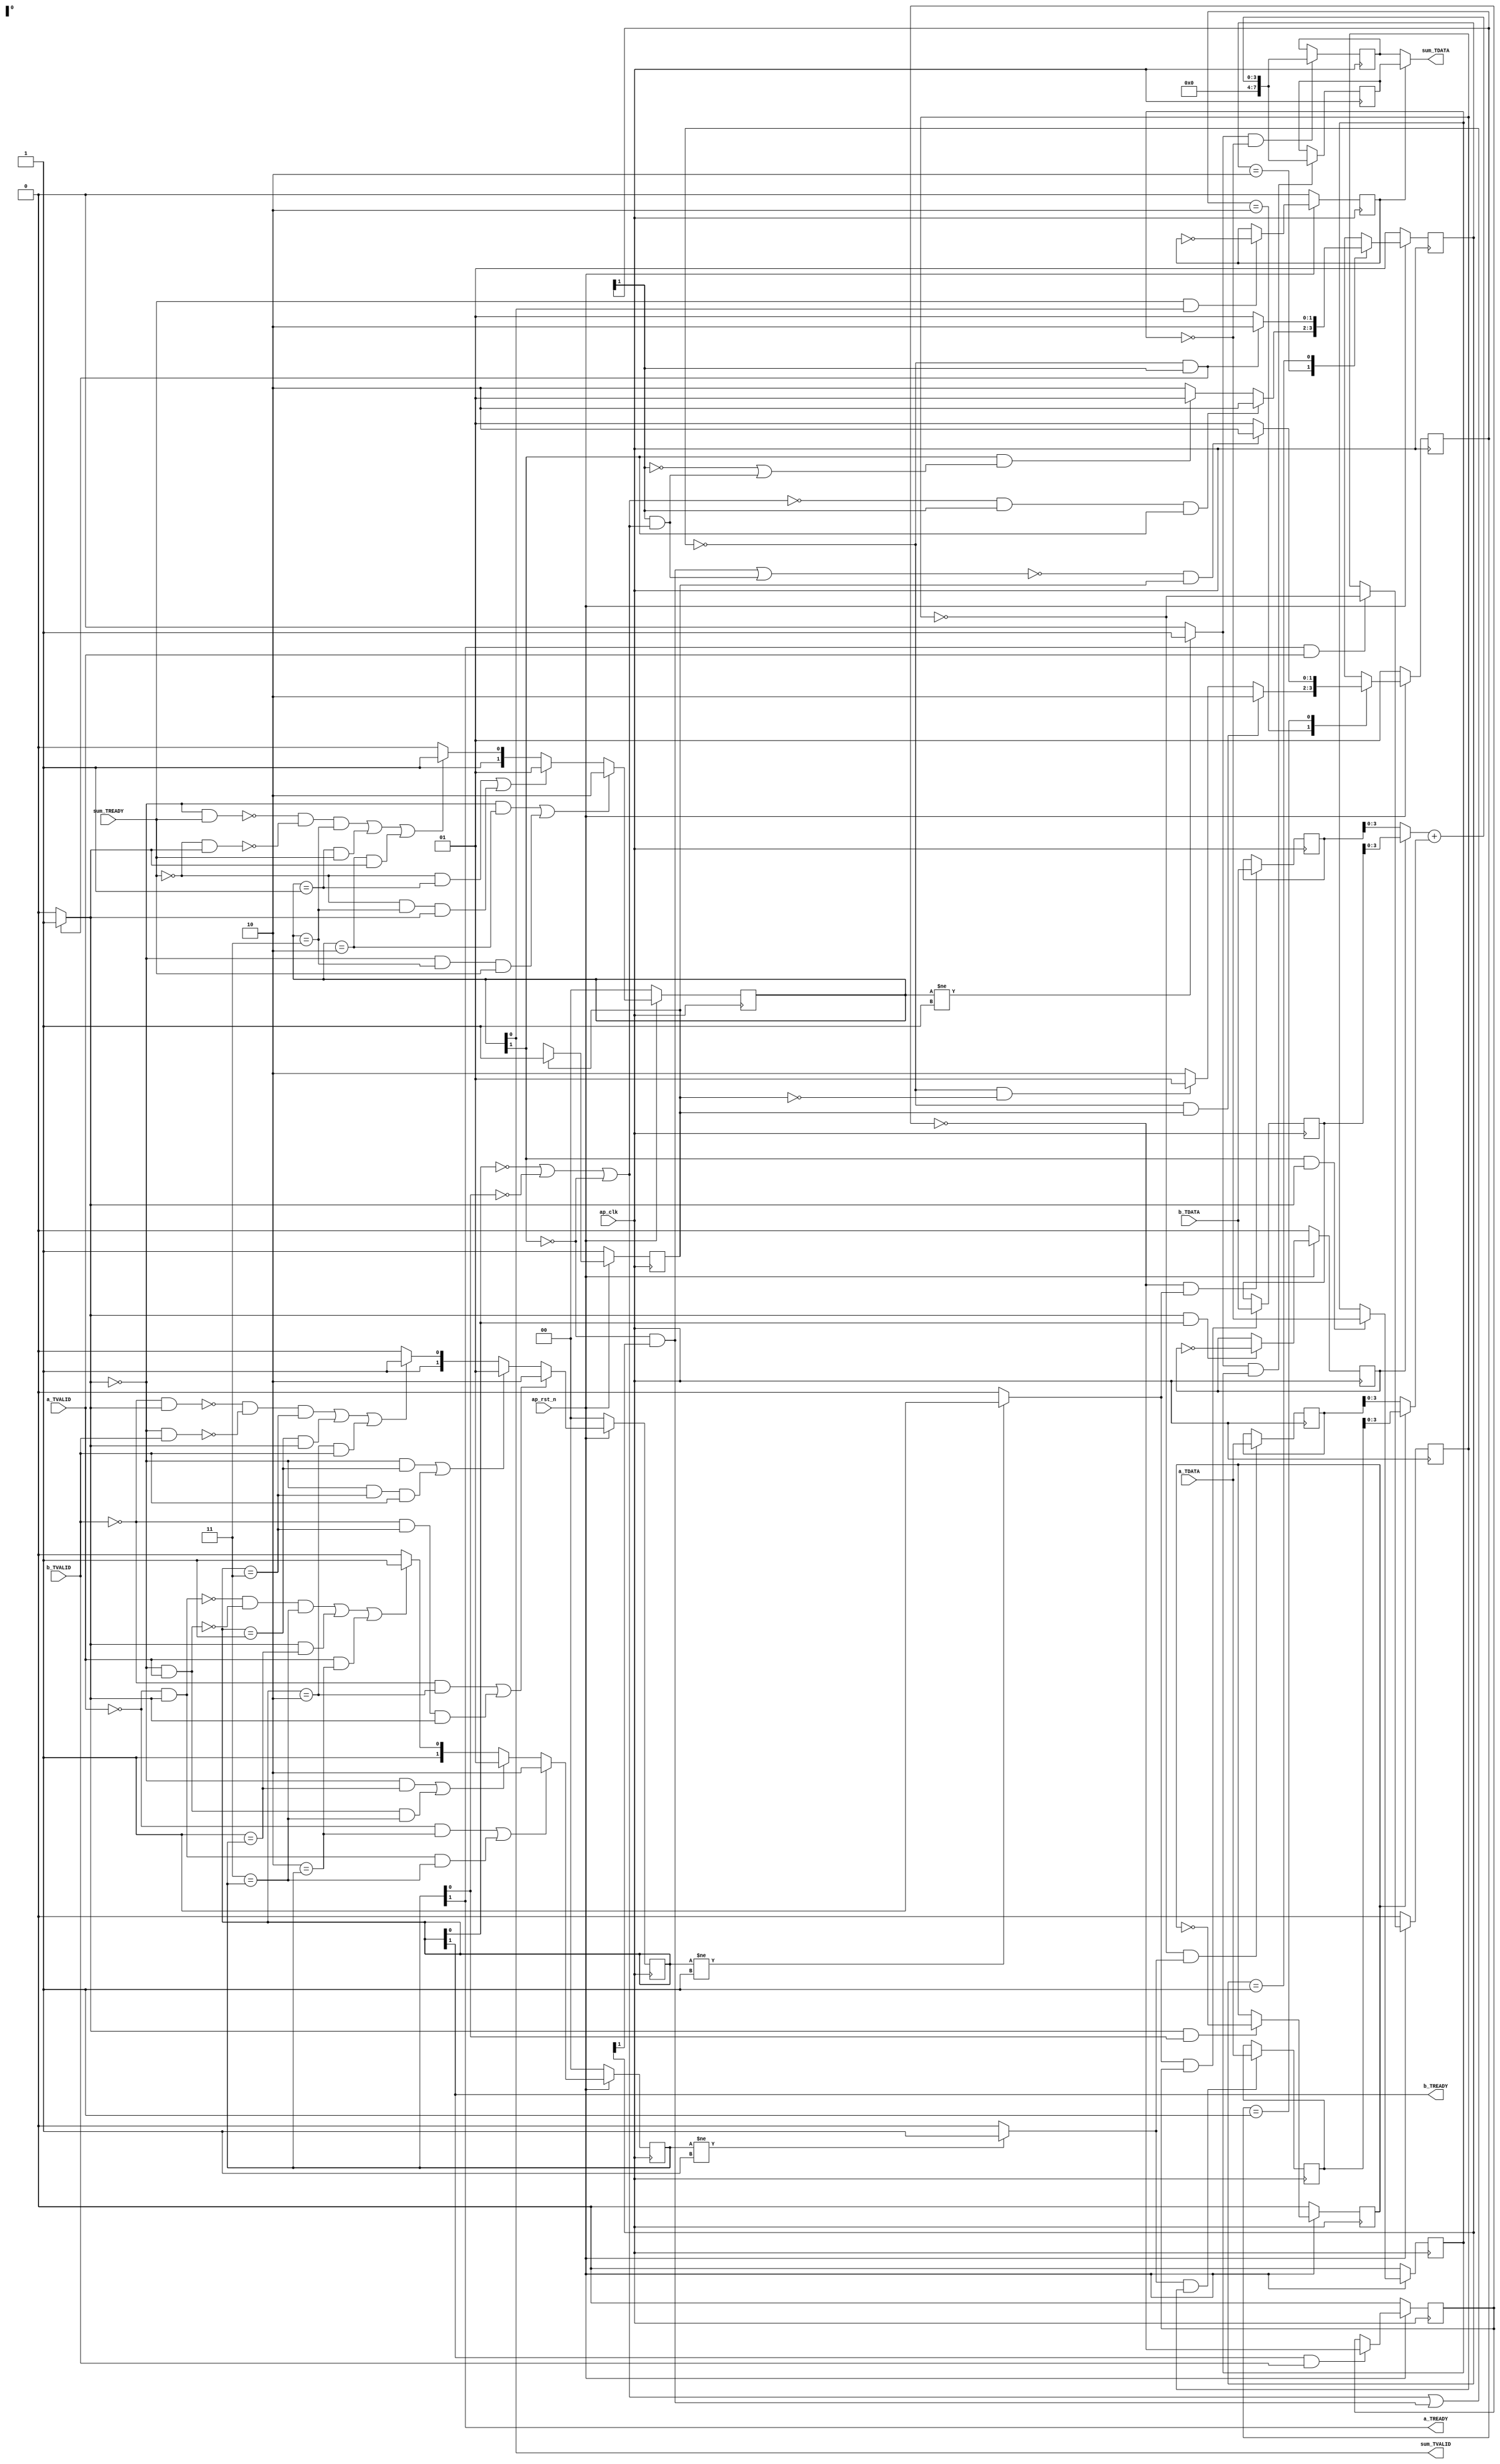
// ==============================================================
// RTL generated by Vivado(TM) HLS - High-Level Synthesis from C, C++ and SystemC
// Version: 2018.1
// Copyright (C) 1986-2018 Xilinx, Inc. All Rights Reserved.
// 
// ===========================================================

`timescale 1 ns / 1 ps 

(* CORE_GENERATION_INFO="sumador,hls_ip_2018_1,{HLS_INPUT_TYPE=cxx,HLS_INPUT_FLOAT=0,HLS_INPUT_FIXED=1,HLS_INPUT_PART=xc7z020clg484-1,HLS_INPUT_CLOCK=10.000000,HLS_INPUT_ARCH=pipeline,HLS_SYN_CLOCK=1.735000,HLS_SYN_LAT=2,HLS_SYN_TPT=1,HLS_SYN_MEM=0,HLS_SYN_DSP=0,HLS_SYN_FF=65,HLS_SYN_LUT=180}" *)

module sumador (
        ap_clk,
        ap_rst_n,
        a_TDATA,
        a_TVALID,
        a_TREADY,
        b_TDATA,
        b_TVALID,
        b_TREADY,
        sum_TDATA,
        sum_TVALID,
        sum_TREADY
);

parameter    ap_ST_iter0_fsm_state1 = 1'd1;
parameter    ap_ST_iter1_fsm_state2 = 2'd2;
parameter    ap_ST_iter2_fsm_state3 = 2'd2;
parameter    ap_ST_iter1_fsm_state0 = 2'd1;
parameter    ap_ST_iter2_fsm_state0 = 2'd1;

input   ap_clk;
input   ap_rst_n;
input  [7:0] a_TDATA;
input   a_TVALID;
output   a_TREADY;
input  [7:0] b_TDATA;
input   b_TVALID;
output   b_TREADY;
output  [7:0] sum_TDATA;
output   sum_TVALID;
input   sum_TREADY;

reg    ap_rst_n_inv;
reg   [7:0] a_0_data_out;
wire    a_0_vld_in;
wire    a_0_vld_out;
wire    a_0_ack_in;
reg    a_0_ack_out;
reg   [7:0] a_0_payload_A;
reg   [7:0] a_0_payload_B;
reg    a_0_sel_rd;
reg    a_0_sel_wr;
wire    a_0_sel;
wire    a_0_load_A;
wire    a_0_load_B;
reg   [1:0] a_0_state;
wire    a_0_state_cmp_full;
reg   [7:0] b_0_data_out;
wire    b_0_vld_in;
wire    b_0_vld_out;
wire    b_0_ack_in;
reg    b_0_ack_out;
reg   [7:0] b_0_payload_A;
reg   [7:0] b_0_payload_B;
reg    b_0_sel_rd;
reg    b_0_sel_wr;
wire    b_0_sel;
wire    b_0_load_A;
wire    b_0_load_B;
reg   [1:0] b_0_state;
wire    b_0_state_cmp_full;
reg   [7:0] sum_1_data_out;
reg    sum_1_vld_in;
wire    sum_1_vld_out;
wire    sum_1_ack_in;
wire    sum_1_ack_out;
reg   [7:0] sum_1_payload_A;
reg   [7:0] sum_1_payload_B;
reg    sum_1_sel_rd;
reg    sum_1_sel_wr;
wire    sum_1_sel;
wire    sum_1_load_A;
wire    sum_1_load_B;
reg   [1:0] sum_1_state;
wire    sum_1_state_cmp_full;
reg    a_TDATA_blk_n;
reg   [1:0] ap_CS_iter1_fsm;
wire    ap_CS_iter1_fsm_state2;
reg   [1:0] ap_CS_iter2_fsm;
wire    ap_CS_iter2_fsm_state3;
reg    b_TDATA_blk_n;
reg    sum_TDATA_blk_n;
wire   [7:0] tmp_2_fu_67_p1;
reg    ap_block_state2_pp0_stage0_iter1;
reg    ap_block_state3_pp0_stage0_iter2;
wire   [3:0] tmp_1_fu_57_p1;
wire   [3:0] tmp_fu_53_p1;
wire   [3:0] sum_assign_fu_61_p2;
reg   [0:0] ap_CS_iter0_fsm;
reg   [0:0] ap_NS_iter0_fsm;
reg   [1:0] ap_NS_iter1_fsm;
reg   [1:0] ap_NS_iter2_fsm;
wire    ap_block_state1_pp0_stage0_iter0;
wire    ap_CS_iter0_fsm_state1;

// power-on initialization
initial begin
#0 a_0_sel_rd = 1'b0;
#0 a_0_sel_wr = 1'b0;
#0 a_0_state = 2'd0;
#0 b_0_sel_rd = 1'b0;
#0 b_0_sel_wr = 1'b0;
#0 b_0_state = 2'd0;
#0 sum_1_sel_rd = 1'b0;
#0 sum_1_sel_wr = 1'b0;
#0 sum_1_state = 2'd0;
#0 ap_CS_iter1_fsm = 2'd1;
#0 ap_CS_iter2_fsm = 2'd1;
#0 ap_CS_iter0_fsm = 1'd1;
end

always @ (posedge ap_clk) begin
    if (ap_rst_n_inv == 1'b1) begin
        a_0_sel_rd <= 1'b0;
    end else begin
        if (((1'b1 == a_0_ack_out) & (1'b1 == a_0_vld_out))) begin
            a_0_sel_rd <= ~a_0_sel_rd;
        end
    end
end

always @ (posedge ap_clk) begin
    if (ap_rst_n_inv == 1'b1) begin
        a_0_sel_wr <= 1'b0;
    end else begin
        if (((1'b1 == a_0_ack_in) & (1'b1 == a_0_vld_in))) begin
            a_0_sel_wr <= ~a_0_sel_wr;
        end
    end
end

always @ (posedge ap_clk) begin
    if (ap_rst_n_inv == 1'b1) begin
        a_0_state <= 2'd0;
    end else begin
        if ((((1'b0 == a_0_vld_in) & (2'd2 == a_0_state)) | ((1'b0 == a_0_vld_in) & (1'b1 == a_0_ack_out) & (2'd3 == a_0_state)))) begin
            a_0_state <= 2'd2;
        end else if ((((1'b0 == a_0_ack_out) & (2'd1 == a_0_state)) | ((1'b0 == a_0_ack_out) & (1'b1 == a_0_vld_in) & (2'd3 == a_0_state)))) begin
            a_0_state <= 2'd1;
        end else if (((~((1'b0 == a_0_vld_in) & (1'b1 == a_0_ack_out)) & ~((1'b0 == a_0_ack_out) & (1'b1 == a_0_vld_in)) & (2'd3 == a_0_state)) | ((1'b1 == a_0_ack_out) & (2'd1 == a_0_state)) | ((1'b1 == a_0_vld_in) & (2'd2 == a_0_state)))) begin
            a_0_state <= 2'd3;
        end else begin
            a_0_state <= 2'd2;
        end
    end
end

always @ (posedge ap_clk) begin
    if (ap_rst_n_inv == 1'b1) begin
        ap_CS_iter0_fsm <= ap_ST_iter0_fsm_state1;
    end else begin
        ap_CS_iter0_fsm <= ap_NS_iter0_fsm;
    end
end

always @ (posedge ap_clk) begin
    if (ap_rst_n_inv == 1'b1) begin
        ap_CS_iter1_fsm <= ap_ST_iter1_fsm_state0;
    end else begin
        ap_CS_iter1_fsm <= ap_NS_iter1_fsm;
    end
end

always @ (posedge ap_clk) begin
    if (ap_rst_n_inv == 1'b1) begin
        ap_CS_iter2_fsm <= ap_ST_iter2_fsm_state0;
    end else begin
        ap_CS_iter2_fsm <= ap_NS_iter2_fsm;
    end
end

always @ (posedge ap_clk) begin
    if (ap_rst_n_inv == 1'b1) begin
        b_0_sel_rd <= 1'b0;
    end else begin
        if (((b_0_ack_out == 1'b1) & (b_0_vld_out == 1'b1))) begin
            b_0_sel_rd <= ~b_0_sel_rd;
        end
    end
end

always @ (posedge ap_clk) begin
    if (ap_rst_n_inv == 1'b1) begin
        b_0_sel_wr <= 1'b0;
    end else begin
        if (((b_0_ack_in == 1'b1) & (b_0_vld_in == 1'b1))) begin
            b_0_sel_wr <= ~b_0_sel_wr;
        end
    end
end

always @ (posedge ap_clk) begin
    if (ap_rst_n_inv == 1'b1) begin
        b_0_state <= 2'd0;
    end else begin
        if ((((b_0_vld_in == 1'b0) & (b_0_state == 2'd2)) | ((b_0_vld_in == 1'b0) & (b_0_state == 2'd3) & (b_0_ack_out == 1'b1)))) begin
            b_0_state <= 2'd2;
        end else if ((((b_0_ack_out == 1'b0) & (b_0_state == 2'd1)) | ((b_0_ack_out == 1'b0) & (b_0_state == 2'd3) & (b_0_vld_in == 1'b1)))) begin
            b_0_state <= 2'd1;
        end else if (((~((b_0_vld_in == 1'b0) & (b_0_ack_out == 1'b1)) & ~((b_0_ack_out == 1'b0) & (b_0_vld_in == 1'b1)) & (b_0_state == 2'd3)) | ((b_0_state == 2'd1) & (b_0_ack_out == 1'b1)) | ((b_0_state == 2'd2) & (b_0_vld_in == 1'b1)))) begin
            b_0_state <= 2'd3;
        end else begin
            b_0_state <= 2'd2;
        end
    end
end

always @ (posedge ap_clk) begin
    if (ap_rst_n_inv == 1'b1) begin
        sum_1_sel_rd <= 1'b0;
    end else begin
        if (((sum_1_ack_out == 1'b1) & (sum_1_vld_out == 1'b1))) begin
            sum_1_sel_rd <= ~sum_1_sel_rd;
        end
    end
end

always @ (posedge ap_clk) begin
    if (ap_rst_n_inv == 1'b1) begin
        sum_1_sel_wr <= 1'b0;
    end else begin
        if (((sum_1_ack_in == 1'b1) & (sum_1_vld_in == 1'b1))) begin
            sum_1_sel_wr <= ~sum_1_sel_wr;
        end
    end
end

always @ (posedge ap_clk) begin
    if (ap_rst_n_inv == 1'b1) begin
        sum_1_state <= 2'd0;
    end else begin
        if ((((sum_1_vld_in == 1'b0) & (sum_1_state == 2'd2)) | ((sum_1_vld_in == 1'b0) & (sum_1_state == 2'd3) & (sum_1_ack_out == 1'b1)))) begin
            sum_1_state <= 2'd2;
        end else if ((((sum_1_ack_out == 1'b0) & (sum_1_state == 2'd1)) | ((sum_1_ack_out == 1'b0) & (sum_1_state == 2'd3) & (sum_1_vld_in == 1'b1)))) begin
            sum_1_state <= 2'd1;
        end else if (((~((sum_1_vld_in == 1'b0) & (sum_1_ack_out == 1'b1)) & ~((sum_1_ack_out == 1'b0) & (sum_1_vld_in == 1'b1)) & (sum_1_state == 2'd3)) | ((sum_1_state == 2'd1) & (sum_1_ack_out == 1'b1)) | ((sum_1_state == 2'd2) & (sum_1_vld_in == 1'b1)))) begin
            sum_1_state <= 2'd3;
        end else begin
            sum_1_state <= 2'd2;
        end
    end
end

always @ (posedge ap_clk) begin
    if ((1'b1 == a_0_load_A)) begin
        a_0_payload_A <= a_TDATA;
    end
end

always @ (posedge ap_clk) begin
    if ((1'b1 == a_0_load_B)) begin
        a_0_payload_B <= a_TDATA;
    end
end

always @ (posedge ap_clk) begin
    if ((b_0_load_A == 1'b1)) begin
        b_0_payload_A <= b_TDATA;
    end
end

always @ (posedge ap_clk) begin
    if ((b_0_load_B == 1'b1)) begin
        b_0_payload_B <= b_TDATA;
    end
end

always @ (posedge ap_clk) begin
    if ((sum_1_load_A == 1'b1)) begin
        sum_1_payload_A <= tmp_2_fu_67_p1;
    end
end

always @ (posedge ap_clk) begin
    if ((sum_1_load_B == 1'b1)) begin
        sum_1_payload_B <= tmp_2_fu_67_p1;
    end
end

always @ (*) begin
    if ((~((b_0_vld_out == 1'b0) | (1'b0 == a_0_vld_out) | (sum_1_ack_in == 1'b0) | ((sum_1_ack_in == 1'b0) & (1'b1 == ap_CS_iter2_fsm_state3))) & (1'b1 == ap_CS_iter1_fsm_state2))) begin
        a_0_ack_out = 1'b1;
    end else begin
        a_0_ack_out = 1'b0;
    end
end

always @ (*) begin
    if ((1'b1 == a_0_sel)) begin
        a_0_data_out = a_0_payload_B;
    end else begin
        a_0_data_out = a_0_payload_A;
    end
end

always @ (*) begin
    if ((1'b1 == ap_CS_iter1_fsm_state2)) begin
        a_TDATA_blk_n = a_0_state[1'd0];
    end else begin
        a_TDATA_blk_n = 1'b1;
    end
end

always @ (*) begin
    if ((~((b_0_vld_out == 1'b0) | (1'b0 == a_0_vld_out) | (sum_1_ack_in == 1'b0) | ((sum_1_ack_in == 1'b0) & (1'b1 == ap_CS_iter2_fsm_state3))) & (1'b1 == ap_CS_iter1_fsm_state2))) begin
        b_0_ack_out = 1'b1;
    end else begin
        b_0_ack_out = 1'b0;
    end
end

always @ (*) begin
    if ((b_0_sel == 1'b1)) begin
        b_0_data_out = b_0_payload_B;
    end else begin
        b_0_data_out = b_0_payload_A;
    end
end

always @ (*) begin
    if ((1'b1 == ap_CS_iter1_fsm_state2)) begin
        b_TDATA_blk_n = b_0_state[1'd0];
    end else begin
        b_TDATA_blk_n = 1'b1;
    end
end

always @ (*) begin
    if ((sum_1_sel == 1'b1)) begin
        sum_1_data_out = sum_1_payload_B;
    end else begin
        sum_1_data_out = sum_1_payload_A;
    end
end

always @ (*) begin
    if ((~((b_0_vld_out == 1'b0) | (1'b0 == a_0_vld_out) | (sum_1_ack_in == 1'b0) | ((sum_1_ack_in == 1'b0) & (1'b1 == ap_CS_iter2_fsm_state3))) & (1'b1 == ap_CS_iter1_fsm_state2))) begin
        sum_1_vld_in = 1'b1;
    end else begin
        sum_1_vld_in = 1'b0;
    end
end

always @ (*) begin
    if (((1'b1 == ap_CS_iter2_fsm_state3) | (1'b1 == ap_CS_iter1_fsm_state2))) begin
        sum_TDATA_blk_n = sum_1_state[1'd1];
    end else begin
        sum_TDATA_blk_n = 1'b1;
    end
end

always @ (*) begin
    case (ap_CS_iter0_fsm)
        ap_ST_iter0_fsm_state1 : begin
            ap_NS_iter0_fsm = ap_ST_iter0_fsm_state1;
        end
        default : begin
            ap_NS_iter0_fsm = 'bx;
        end
    endcase
end

always @ (*) begin
    case (ap_CS_iter1_fsm)
        ap_ST_iter1_fsm_state2 : begin
            if ((~((b_0_vld_out == 1'b0) | (1'b0 == a_0_vld_out) | (sum_1_ack_in == 1'b0) | ((sum_1_ack_in == 1'b0) & (1'b1 == ap_CS_iter2_fsm_state3))) & (1'b1 == ap_CS_iter0_fsm_state1))) begin
                ap_NS_iter1_fsm = ap_ST_iter1_fsm_state2;
            end else if ((~((b_0_vld_out == 1'b0) | (1'b0 == a_0_vld_out) | (sum_1_ack_in == 1'b0) | ((sum_1_ack_in == 1'b0) & (1'b1 == ap_CS_iter2_fsm_state3))) & (1'b0 == ap_CS_iter0_fsm_state1))) begin
                ap_NS_iter1_fsm = ap_ST_iter1_fsm_state0;
            end else begin
                ap_NS_iter1_fsm = ap_ST_iter1_fsm_state2;
            end
        end
        ap_ST_iter1_fsm_state0 : begin
            if ((~(((sum_1_ack_in == 1'b0) & (1'b1 == ap_CS_iter2_fsm_state3)) | ((1'b1 == ap_CS_iter1_fsm_state2) & ((b_0_vld_out == 1'b0) | (1'b0 == a_0_vld_out) | (sum_1_ack_in == 1'b0)))) & (1'b1 == ap_CS_iter0_fsm_state1))) begin
                ap_NS_iter1_fsm = ap_ST_iter1_fsm_state2;
            end else begin
                ap_NS_iter1_fsm = ap_ST_iter1_fsm_state0;
            end
        end
        default : begin
            ap_NS_iter1_fsm = 'bx;
        end
    endcase
end

always @ (*) begin
    case (ap_CS_iter2_fsm)
        ap_ST_iter2_fsm_state3 : begin
            if ((~((b_0_vld_out == 1'b0) | (1'b0 == a_0_vld_out) | (sum_1_ack_in == 1'b0)) & (1'b1 == ap_CS_iter1_fsm_state2) & (sum_1_ack_in == 1'b1))) begin
                ap_NS_iter2_fsm = ap_ST_iter2_fsm_state3;
            end else if (((sum_1_ack_in == 1'b1) & ((1'b0 == ap_CS_iter1_fsm_state2) | ((1'b1 == ap_CS_iter1_fsm_state2) & ((b_0_vld_out == 1'b0) | (1'b0 == a_0_vld_out) | (sum_1_ack_in == 1'b0)))))) begin
                ap_NS_iter2_fsm = ap_ST_iter2_fsm_state0;
            end else begin
                ap_NS_iter2_fsm = ap_ST_iter2_fsm_state3;
            end
        end
        ap_ST_iter2_fsm_state0 : begin
            if ((~((b_0_vld_out == 1'b0) | (1'b0 == a_0_vld_out) | (sum_1_ack_in == 1'b0) | ((sum_1_ack_in == 1'b0) & (1'b1 == ap_CS_iter2_fsm_state3))) & (1'b1 == ap_CS_iter1_fsm_state2))) begin
                ap_NS_iter2_fsm = ap_ST_iter2_fsm_state3;
            end else begin
                ap_NS_iter2_fsm = ap_ST_iter2_fsm_state0;
            end
        end
        default : begin
            ap_NS_iter2_fsm = 'bx;
        end
    endcase
end

assign a_0_ack_in = a_0_state[1'd1];

assign a_0_load_A = (~a_0_sel_wr & a_0_state_cmp_full);

assign a_0_load_B = (a_0_state_cmp_full & a_0_sel_wr);

assign a_0_sel = a_0_sel_rd;

assign a_0_state_cmp_full = ((a_0_state != 2'd1) ? 1'b1 : 1'b0);

assign a_0_vld_in = a_TVALID;

assign a_0_vld_out = a_0_state[1'd0];

assign a_TREADY = a_0_state[1'd1];

assign ap_CS_iter0_fsm_state1 = ap_CS_iter0_fsm[32'd0];

assign ap_CS_iter1_fsm_state2 = ap_CS_iter1_fsm[32'd1];

assign ap_CS_iter2_fsm_state3 = ap_CS_iter2_fsm[32'd1];

assign ap_block_state1_pp0_stage0_iter0 = ~(1'b1 == 1'b1);

always @ (*) begin
    ap_block_state2_pp0_stage0_iter1 = ((b_0_vld_out == 1'b0) | (1'b0 == a_0_vld_out));
end

always @ (*) begin
    ap_block_state3_pp0_stage0_iter2 = (sum_1_ack_in == 1'b0);
end

always @ (*) begin
    ap_rst_n_inv = ~ap_rst_n;
end

assign b_0_ack_in = b_0_state[1'd1];

assign b_0_load_A = (~b_0_sel_wr & b_0_state_cmp_full);

assign b_0_load_B = (b_0_state_cmp_full & b_0_sel_wr);

assign b_0_sel = b_0_sel_rd;

assign b_0_state_cmp_full = ((b_0_state != 2'd1) ? 1'b1 : 1'b0);

assign b_0_vld_in = b_TVALID;

assign b_0_vld_out = b_0_state[1'd0];

assign b_TREADY = b_0_state[1'd1];

assign sum_1_ack_in = sum_1_state[1'd1];

assign sum_1_ack_out = sum_TREADY;

assign sum_1_load_A = (sum_1_state_cmp_full & ~sum_1_sel_wr);

assign sum_1_load_B = (sum_1_state_cmp_full & sum_1_sel_wr);

assign sum_1_sel = sum_1_sel_rd;

assign sum_1_state_cmp_full = ((sum_1_state != 2'd1) ? 1'b1 : 1'b0);

assign sum_1_vld_out = sum_1_state[1'd0];

assign sum_TDATA = sum_1_data_out;

assign sum_TVALID = sum_1_state[1'd0];

assign sum_assign_fu_61_p2 = (tmp_1_fu_57_p1 + tmp_fu_53_p1);

assign tmp_1_fu_57_p1 = b_0_data_out[3:0];

assign tmp_2_fu_67_p1 = sum_assign_fu_61_p2;

assign tmp_fu_53_p1 = a_0_data_out[3:0];




`ifdef COCOTB_SIM
    initial begin
        $dumpfile("./sim_build/waveform.vcd");
        $dumpvars (0, sumador);
    end
`endif

endmodule